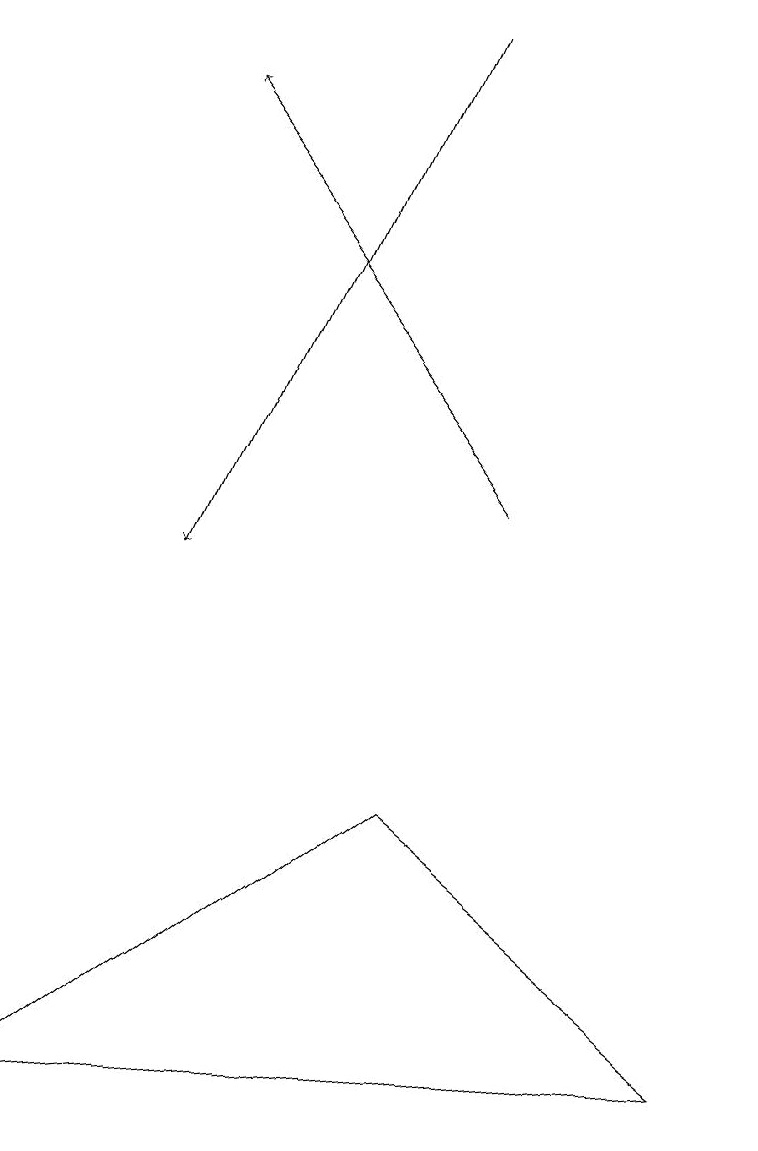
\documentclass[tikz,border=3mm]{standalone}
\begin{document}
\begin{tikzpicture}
\draw[->] (5,19) -- (2,12);
\draw (5,9) -- (9,6) -- (0,5) -- cycle;
\draw[->] (6,13) -- (2,18);
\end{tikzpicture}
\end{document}